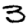
Digit: 3